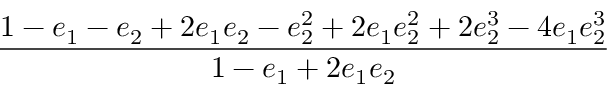
\displaystyle \frac { 1 - e _ { 1 } - e _ { 2 } + 2 e _ { 1 } e _ { 2 } - e _ { 2 } ^ { 2 } + 2 e _ { 1 } e _ { 2 } ^ { 2 } + 2 e _ { 2 } ^ { 3 } - 4 e _ { 1 } e _ { 2 } ^ { 3 } } { 1 - e _ { 1 } + 2 e _ { 1 } e _ { 2 } }